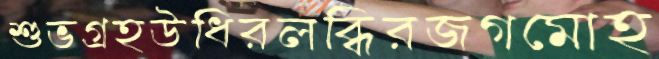
শুভগ্রহউধিরলব্ধিরজগমোহ